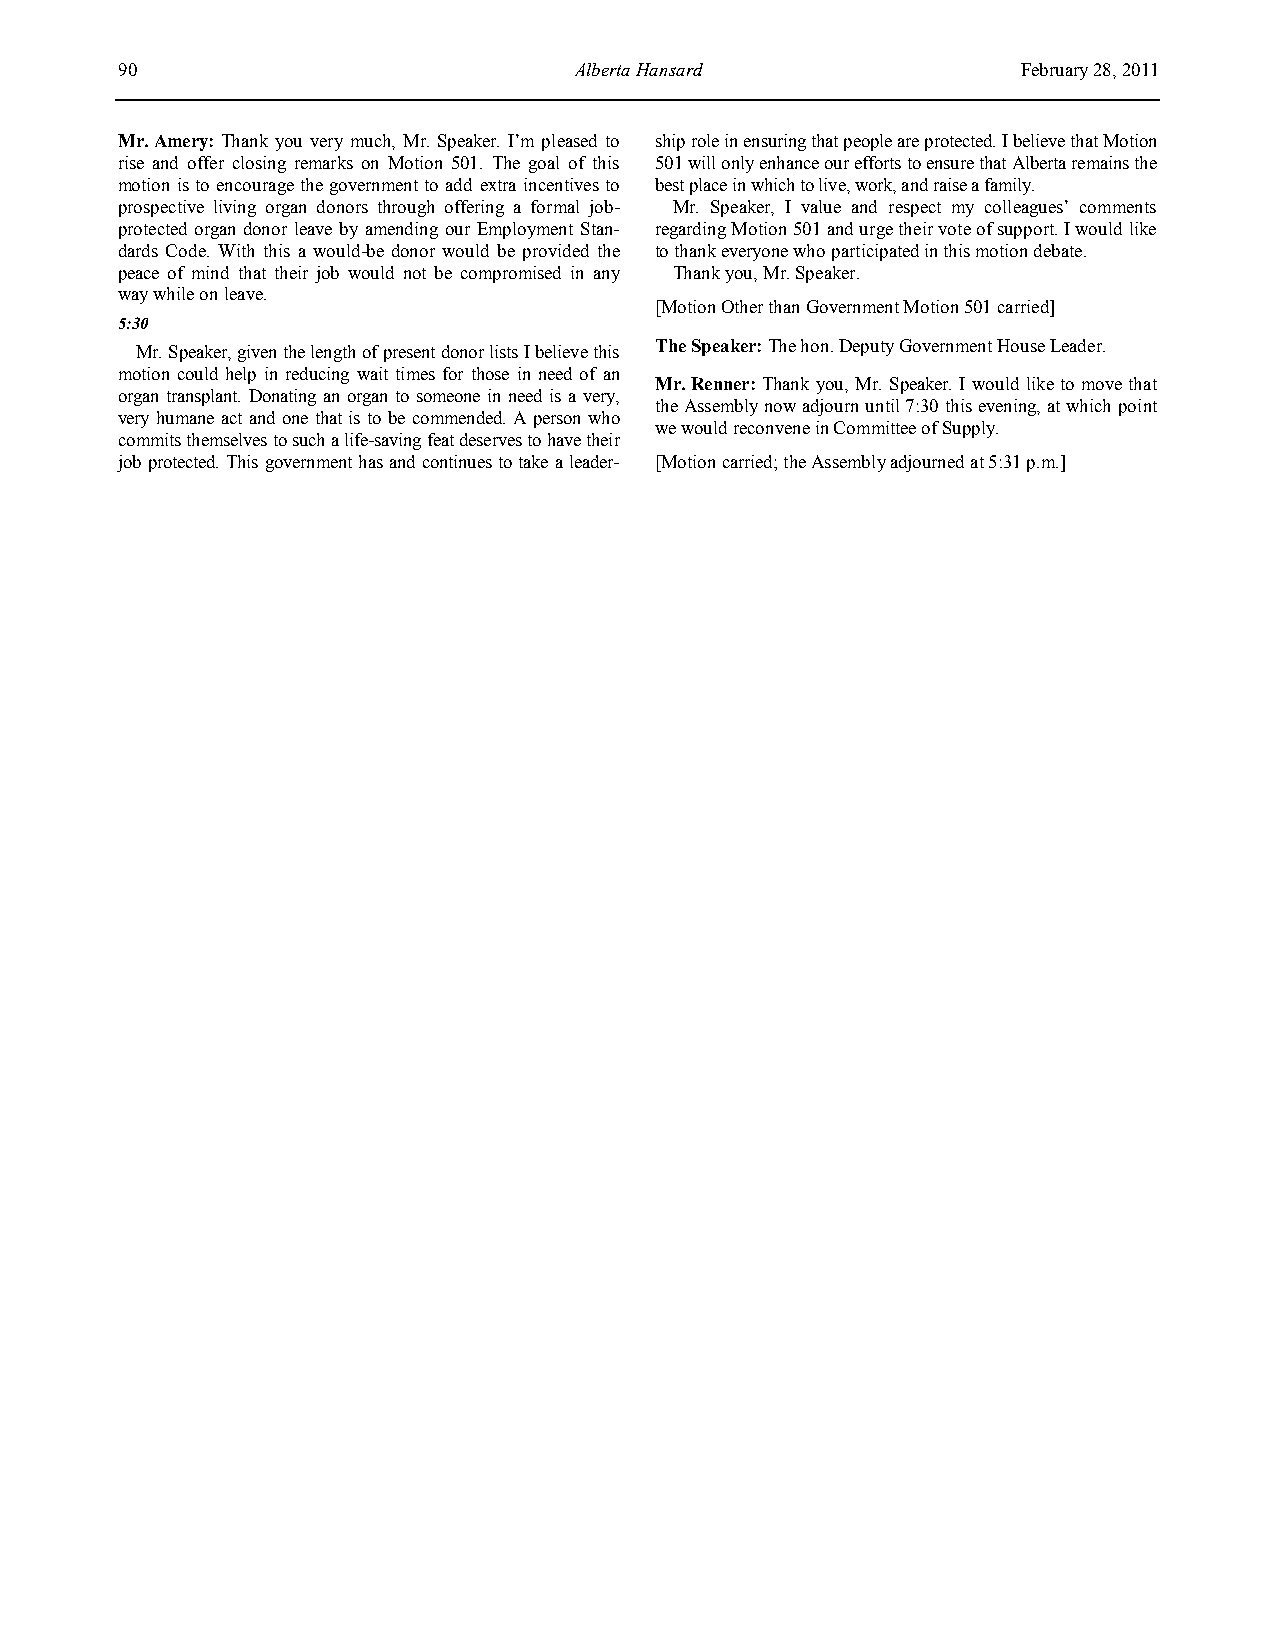
90                            Alberta Hansard               February 28, 2011
 Mr. Amery: Thank you very much, Mr. Speaker. I’m pleased to ship role in ensuring that people are protected. I believe that Motion
 rise and offer closing remarks on Motion 501. The goal of this 501 will only enhance our efforts to ensure that Alberta remains the
 motion is to encourage the government to add extra incentives to best place in which to live, work, and raise a family.
 prospective living organ donors through offering a formal job- Mr. Speaker, I value and respect my colleagues’ comments
 protected organ donor leave by amending our Employment Stan- regarding Motion 501 and urge their vote of support. I would like
 dards Code. With this a would-be donor would be provided the to thank everyone who participated in this motion debate.
 peace of mind that their job would not be compromised in any Thank you, Mr. Speaker.
 way while on leave.
 [Motion Other than Government Motion 501 carried]
 5:30
 The Speaker: The hon. Deputy Government House Leader.
 Mr. Speaker, given the length of present donor lists I believe this
 motion could help in reducing wait times for those in need of an
 Mr. Renner: Thank you, Mr. Speaker. I would like to move that
 organ transplant. Donating an organ to someone in need is a very,
 the Assembly now adjourn until 7:30 this evening, at which point
 very humane act and one that is to be commended. A person who
 we would reconvene in Committee of Supply.
 commits themselves to such a life-saving feat deserves to have their
 job protected. This government has and continues to take a leader- [Motion carried; the Assembly adjourned at 5:31 p.m.]